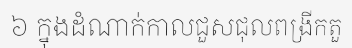
៦ ក្នុងដំណាក់កាលជួសជុលពង្រីកតួ